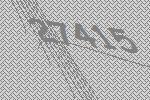
27415